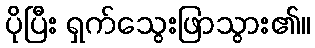
ပိုပြီး ရှက်သွေးဖြာသွား၏။